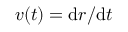
\boldsymbol { v } ( t ) = \mathrm { d } \boldsymbol { r } / \mathrm { d } t